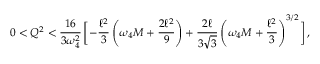
0 < Q ^ { 2 } < \frac { 1 6 } { 3 \omega _ { 4 } ^ { 2 } } \, \biggl [ - \frac { \ell ^ { 2 } } { 3 } \left( \omega _ { 4 } M + \frac { 2 \ell ^ { 2 } } { 9 } \right) + \frac { 2 \ell } { 3 \sqrt { 3 } } \left( \omega _ { 4 } M + \frac { \ell ^ { 2 } } { 3 } \right) ^ { 3 / 2 } \biggr ] \, ,